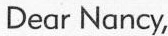
Dear Nancy,